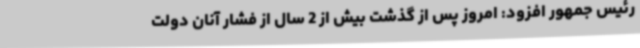
رئیس جمهور افزود: امروز پس از گذشت بیش از 2 سال از فشار آنان دولت